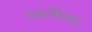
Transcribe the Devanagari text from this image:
ग्लायिकाल